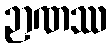
ဉာဏဿ